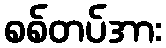
စစ်တပ်အား